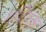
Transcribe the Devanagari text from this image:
राशिच्क्र